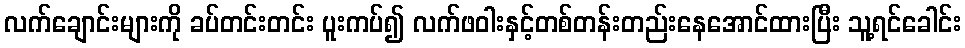
လက်ချောင်းများကို ခပ်တင်းတင်း ပူးကပ်၍ လက်ဖဝါးနှင့်တစ်တန်းတည်းနေအောင်ထားပြီး သူ့ရင်ခေါင်း